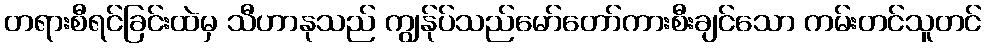
တရားစီရင်ခြင်းထဲမှ သီဟာနုသည် ကျွန်ုပ်သည်မော်တော်ကားစီးချင်သော ကမ်းတင်သူတင်